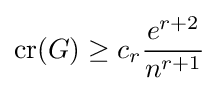
\operatorname {cr} (G)\geq c_{r}{\frac {e^{r+2}}{n^{r+1}}}